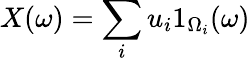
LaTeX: X(\omega)=\sum_{i}u_{i}1_{\Omega_{i}}(\omega)